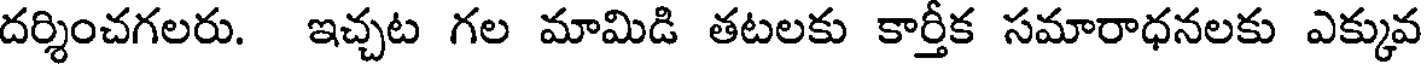
దర్శించగలరు. ఇచ్చట గల మామిడి తటలకు కార్తీక సమారాధనలకు ఎక్కువ